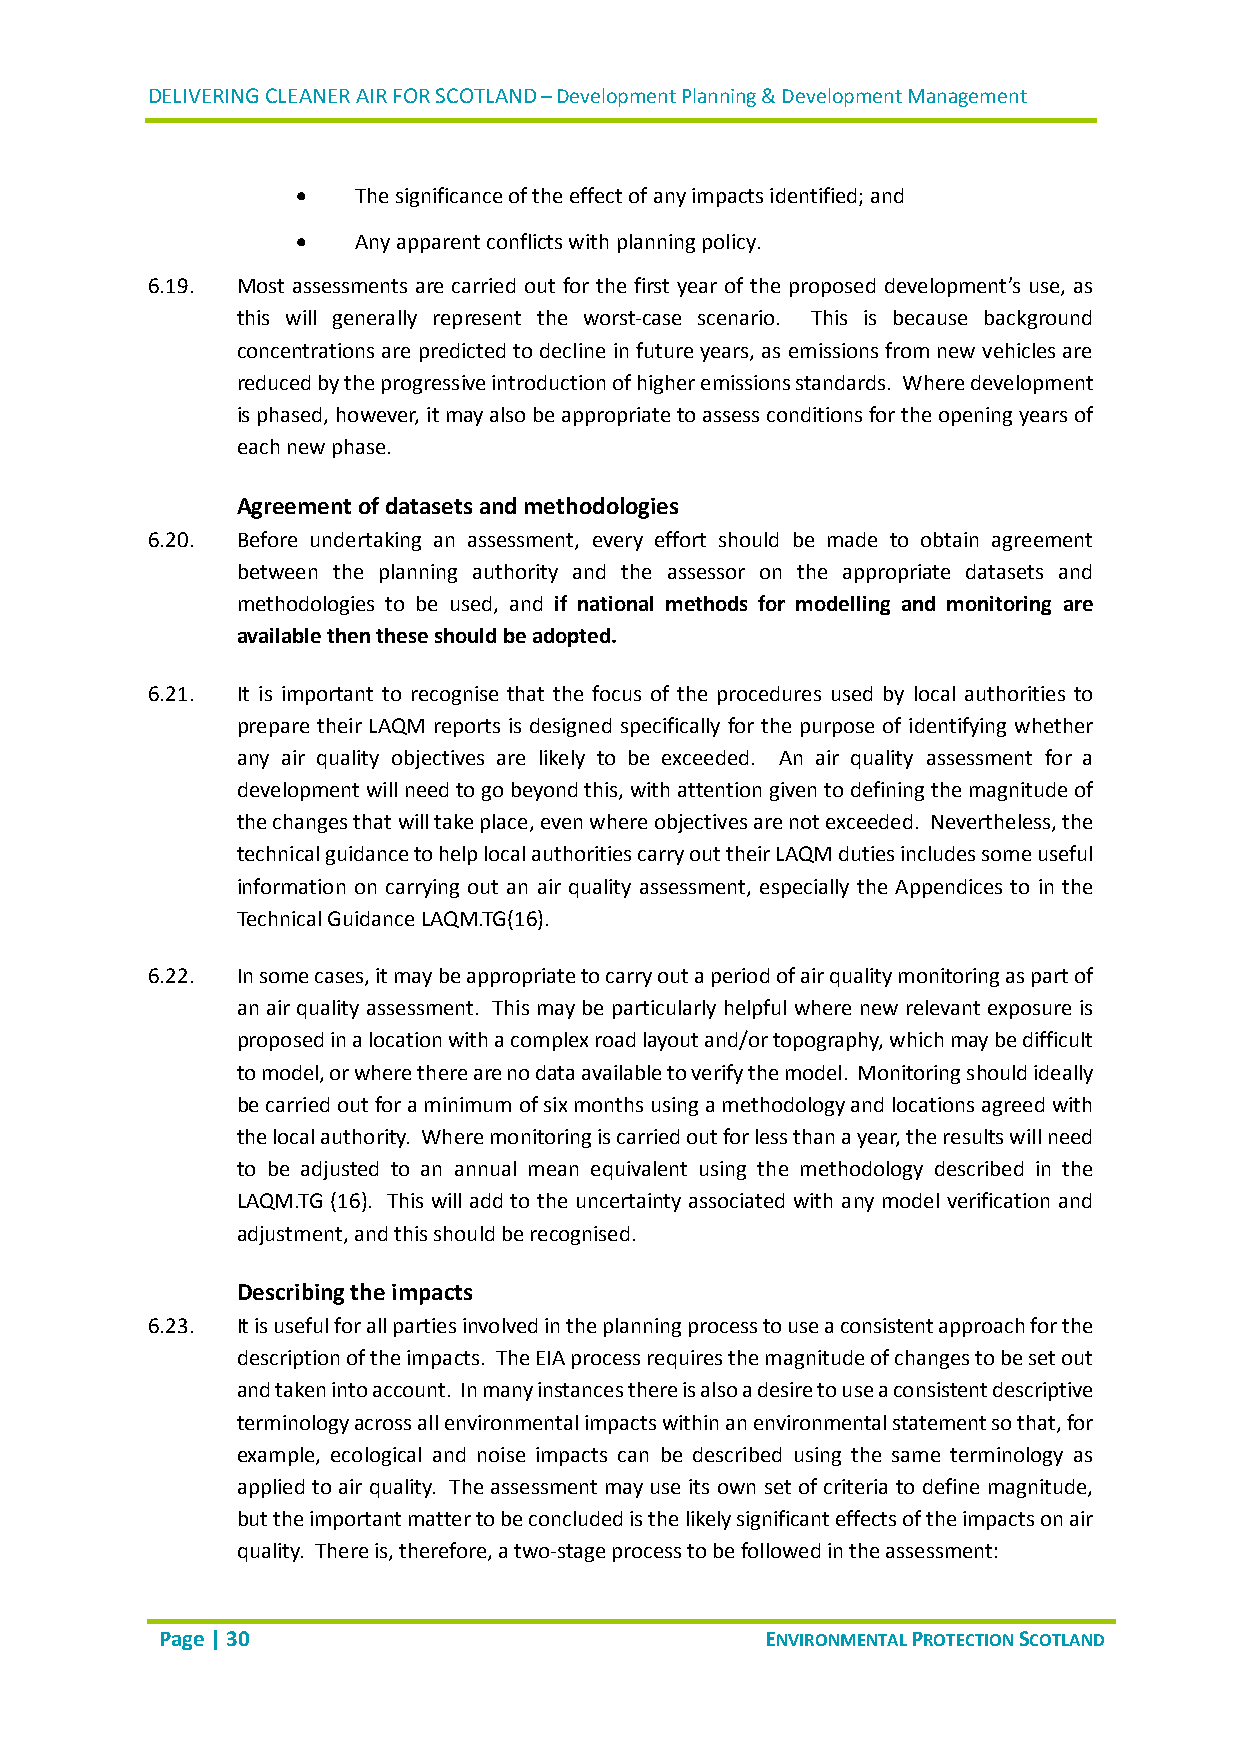
DELIVERING CLEANER AIR FOR SCOTLAND – Development Planning & Development Management
   The significance of the effect of any impacts identified; and
   Any apparent conflicts with planning policy.
 6.19. Most assessments are carried out for the first year of the proposed development’s use, as
 this will generally represent the worst-case scenario. This is because background
 concentrations are predicted to decline in future years, as emissions from new vehicles are
 reduced by the progressive introduction of higher emissions standards. Where development
 is phased, however, it may also be appropriate to assess conditions for the opening years of
 each new phase.
 Agreement of datasets and methodologies
 6.20. Before undertaking an assessment, every effort should be made to obtain agreement
 between the planning authority and the assessor on the appropriate datasets and
 methodologies to be used, and if national methods for modelling and monitoring are
 available then these should be adopted.
 6.21. It is important to recognise that the focus of the procedures used by local authorities to
 prepare their LAQM reports is designed specifically for the purpose of identifying whether
 any air quality objectives are likely to be exceeded. An air quality assessment for a
 development will need to go beyond this, with attention given to defining the magnitude of
 the changes that will take place, even where objectives are not exceeded. Nevertheless, the
 technical guidance to help local authorities carry out their LAQM duties includes some useful
 information on carrying out an air quality assessment, especially the Appendices to in the
 Technical Guidance LAQM.TG(16).
 6.22. In some cases, it may be appropriate to carry out a period of air quality monitoring as part of
 an air quality assessment. This may be particularly helpful where new relevant exposure is
 proposed in a location with a complex road layout and/or topography, which may be difficult
 to model, or where there are no data available to verify the model. Monitoring should ideally
 be carried out for a minimum of six months using a methodology and locations agreed with
 the local authority. Where monitoring is carried out for less than a year, the results will need
 to be adjusted to an annual mean equivalent using the methodology described in the
 LAQM.TG (16). This will add to the uncertainty associated with any model verification and
 adjustment, and this should be recognised.
 Describing the impacts
 6.23. It is useful for all parties involved in the planning process to use a consistent approach for the
 description of the impacts. The EIA process requires the magnitude of changes to be set out
 and taken into account. In many instances there is also a desire to use a consistent descriptive
 terminology across all environmental impacts within an environmental statement so that, for
 example, ecological and noise impacts can be described using the same terminology as
 applied to air quality. The assessment may use its own set of criteria to define magnitude,
 but the important matter to be concluded is the likely significant effects of the impacts on air
 quality. There is, therefore, a two-stage process to be followed in the assessment:
 Page | 30                               ENVIRONMENTAL PROTECTION SCOTLAND